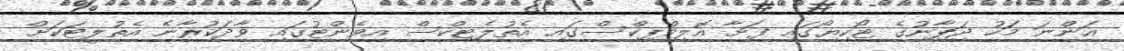
އަންނަ މަހު ޖަޕާނުގެ ޓޯކިޔޯގައި ފަށާ އޮލިމްޕިކްސްގައި އެތުލެޓިކްސް އިވެންޓުގައި ވާދަކުރާނެ އެތުލީޓަކަށް